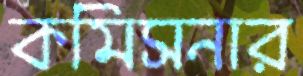
কমিসনার